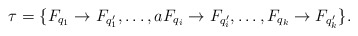
\begin{align*}\tau=\{F_{q_1} \to F_{q'_1}, \dots, a F_{q_i} \to F_{q'_i},\dots,F_{q_k} \to F_{q'_k} \}.\end{align*}